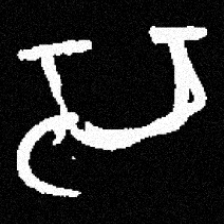
Pyu character \u2014 Myanmar letter: သ (romanized: sa)